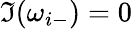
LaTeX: \Im(\omega_{i-})=0